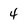
Character: 4